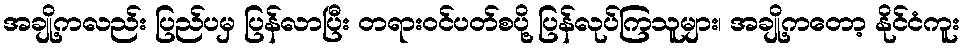
အချို့ကလည်း ပြည်ပမှ ပြန်လာပြီး တရားဝင်ပတ်စပို့ ပြန်လုပ်ကြသူများ၊ အချို့ကတော့ နိုင်ငံကူး